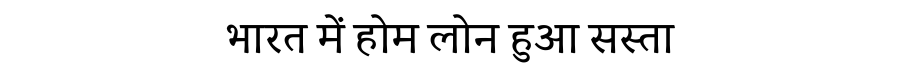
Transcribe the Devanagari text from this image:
भारत में होम लोन हुआ सस्ता